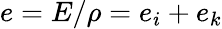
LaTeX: e=E/\rho=e_{i}+e_{k}